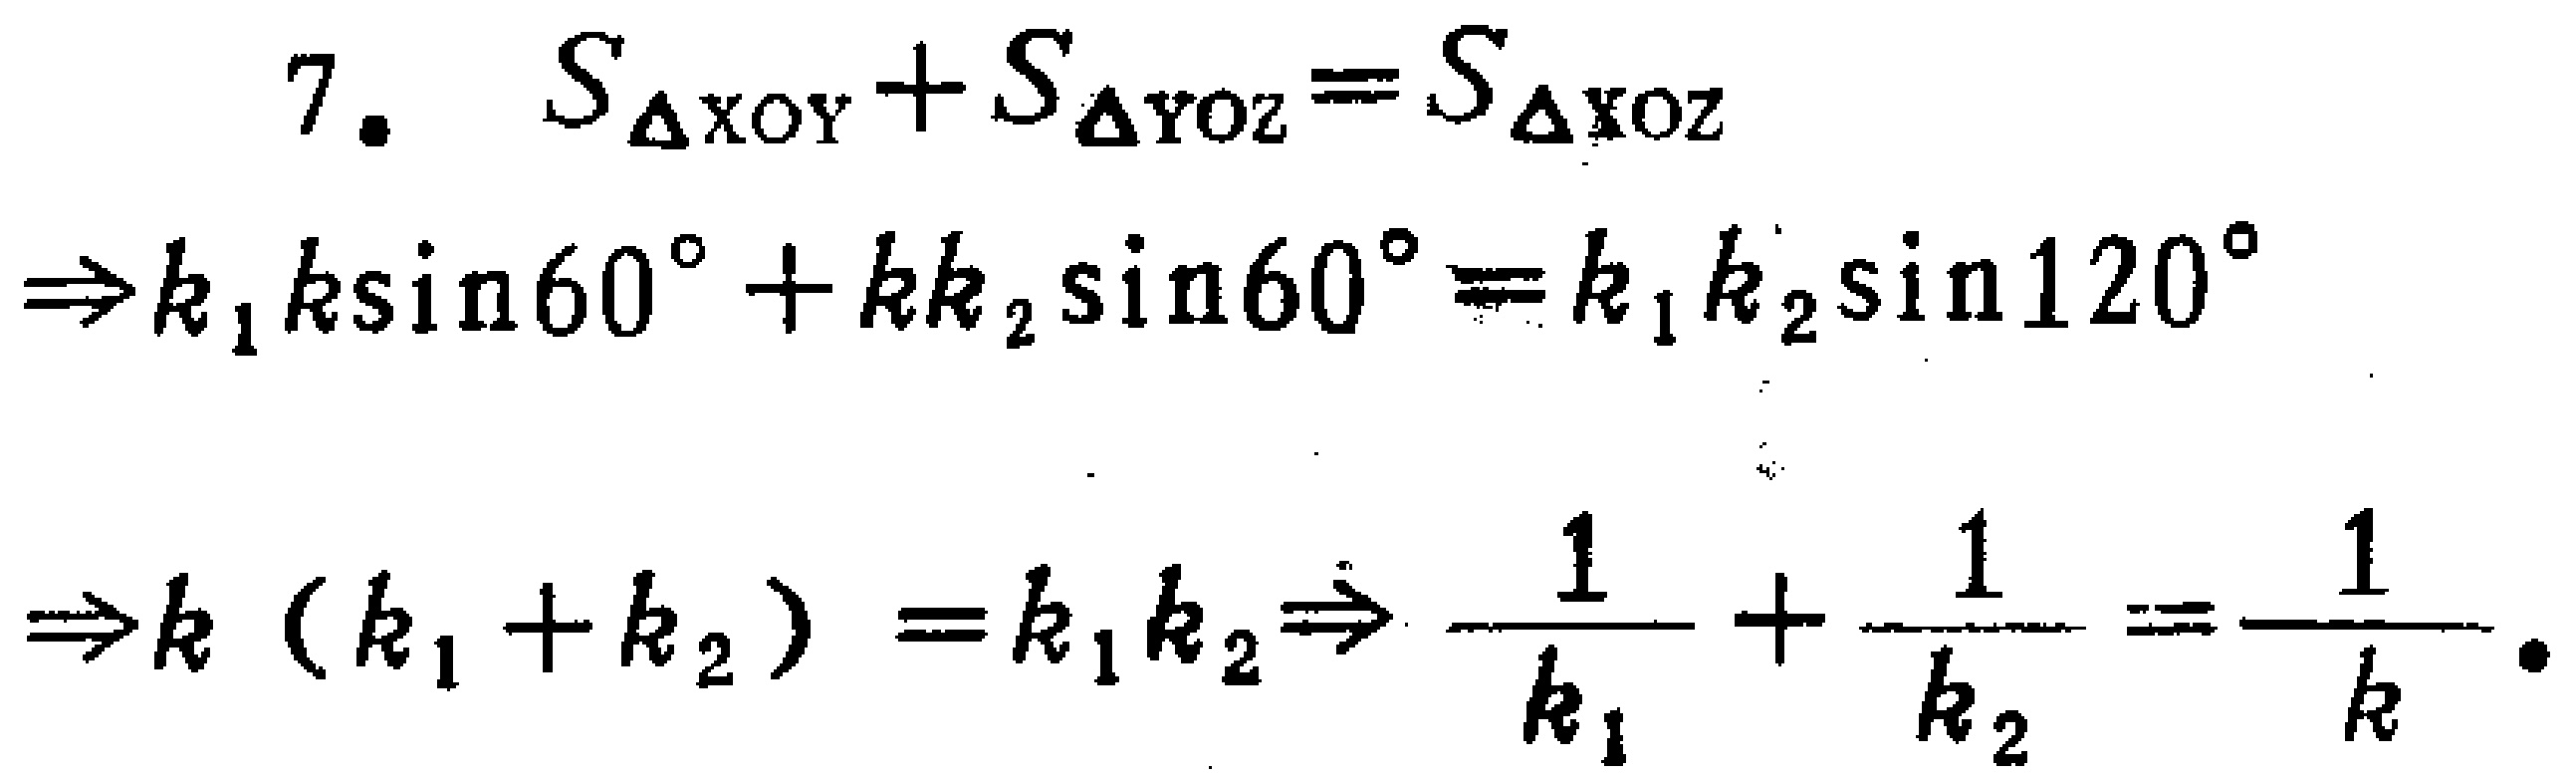
\[
\begin{align*}
7.\quad S_{\triangle XOY}+S_{\triangle YOZ}&=S_{\triangle XOZ}\\
\Rightarrow k_1k\sin60^{\circ}+kk_2\sin60^{\circ}&=k_1k_2\sin120^{\circ}\\
\Rightarrow k(k_1 + k_2)&=k_1k_2\Rightarrow\frac{1}{k_1}+\frac{1}{k_2}=\frac{1}{k}.
\end{align*}
\]